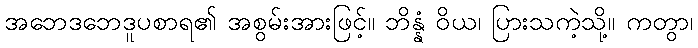
အဘေဒဘေဒူပစာရ၏ အစွမ်းအားဖြင့်။ ဘိန္နံ ဝိယ၊ ပြားသကဲ့သို့။ ကတွာ၊